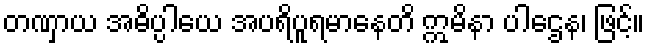
တဏှာယ အဓိပ္ပါယေ အပရိပူရမာနေတိ ဣမိနာ ပါဌေန၊ ဖြင့်။